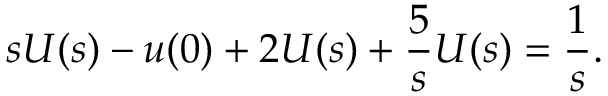
s U ( s ) - u ( 0 ) + 2 U ( s ) + { \frac { 5 } { s } } U ( s ) = { \frac { 1 } { s } } .